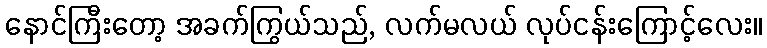
နောင်ကြီးတော့ အခက်ကြွယ်သည်, လက်မလယ် လုပ်ငန်းကြောင့်လေး။